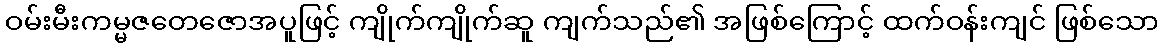
ဝမ်းမီးကမ္မဇတေဇောအပူဖြင့် ကျိုက်ကျိုက်ဆူ ကျက်သည်၏ အဖြစ်ကြောင့် ထက်ဝန်းကျင် ဖြစ်သော